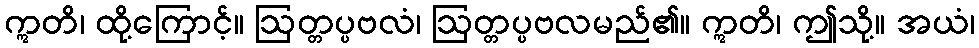
ဣတိ၊ ထို့ကြောင့်။ ဩတ္တပ္ပဗလံ၊ ဩတ္တပ္ပဗလမည်၏။ ဣတိ၊ ဤသို့။ အယံ၊